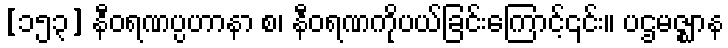
[၁၅၃] နီဝရဏပ္ပဟာနာ စ၊ နီဝရဏကိုပယ်ခြင်းကြောင့်၎င်း။ ပဌမဇ္ဈာန